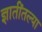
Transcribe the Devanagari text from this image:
ज्ञातींतल्या